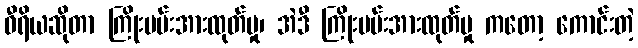
ဝီရိယဆိုတာ ကြိုးပမ်းအားထုတ်မှု၊ အဲဒီ ကြိုးပမ်းအားထုတ်မှု ကတော့ ကောင်းတဲ့